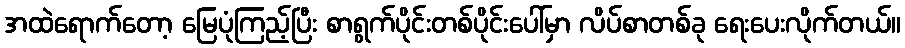
အထဲရောက်တော့ မြေပုံကြည့်ပြီး စာရွက်ပိုင်းတစ်ပိုင်းပေါ်မှာ လိပ်စာတစ်ခု ရေးပေးလိုက်တယ်။